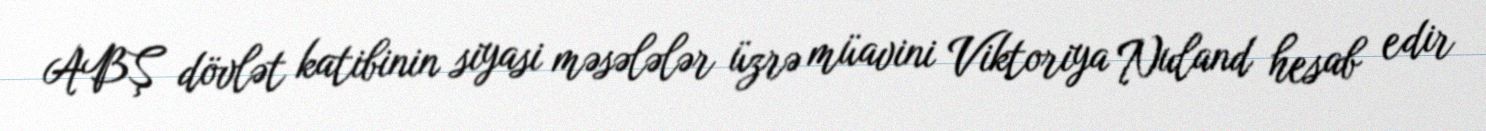
ABŞ dövlət katibinin siyasi məsələlər üzrə müavini Viktoriya Nuland hesab edir